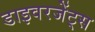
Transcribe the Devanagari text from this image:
डाइवरजेंट्स